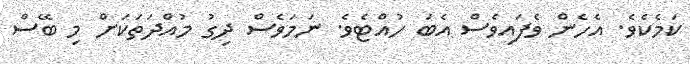
ކަމެކެވެ. އެހެން ވެފައިވެސް އެބަ ހުއްޓެވެ. ނަމަވެސް ދިގު މުއްދަތަކަށް މި ބޭސް